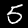
Digit: 5